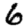
Digit: 6